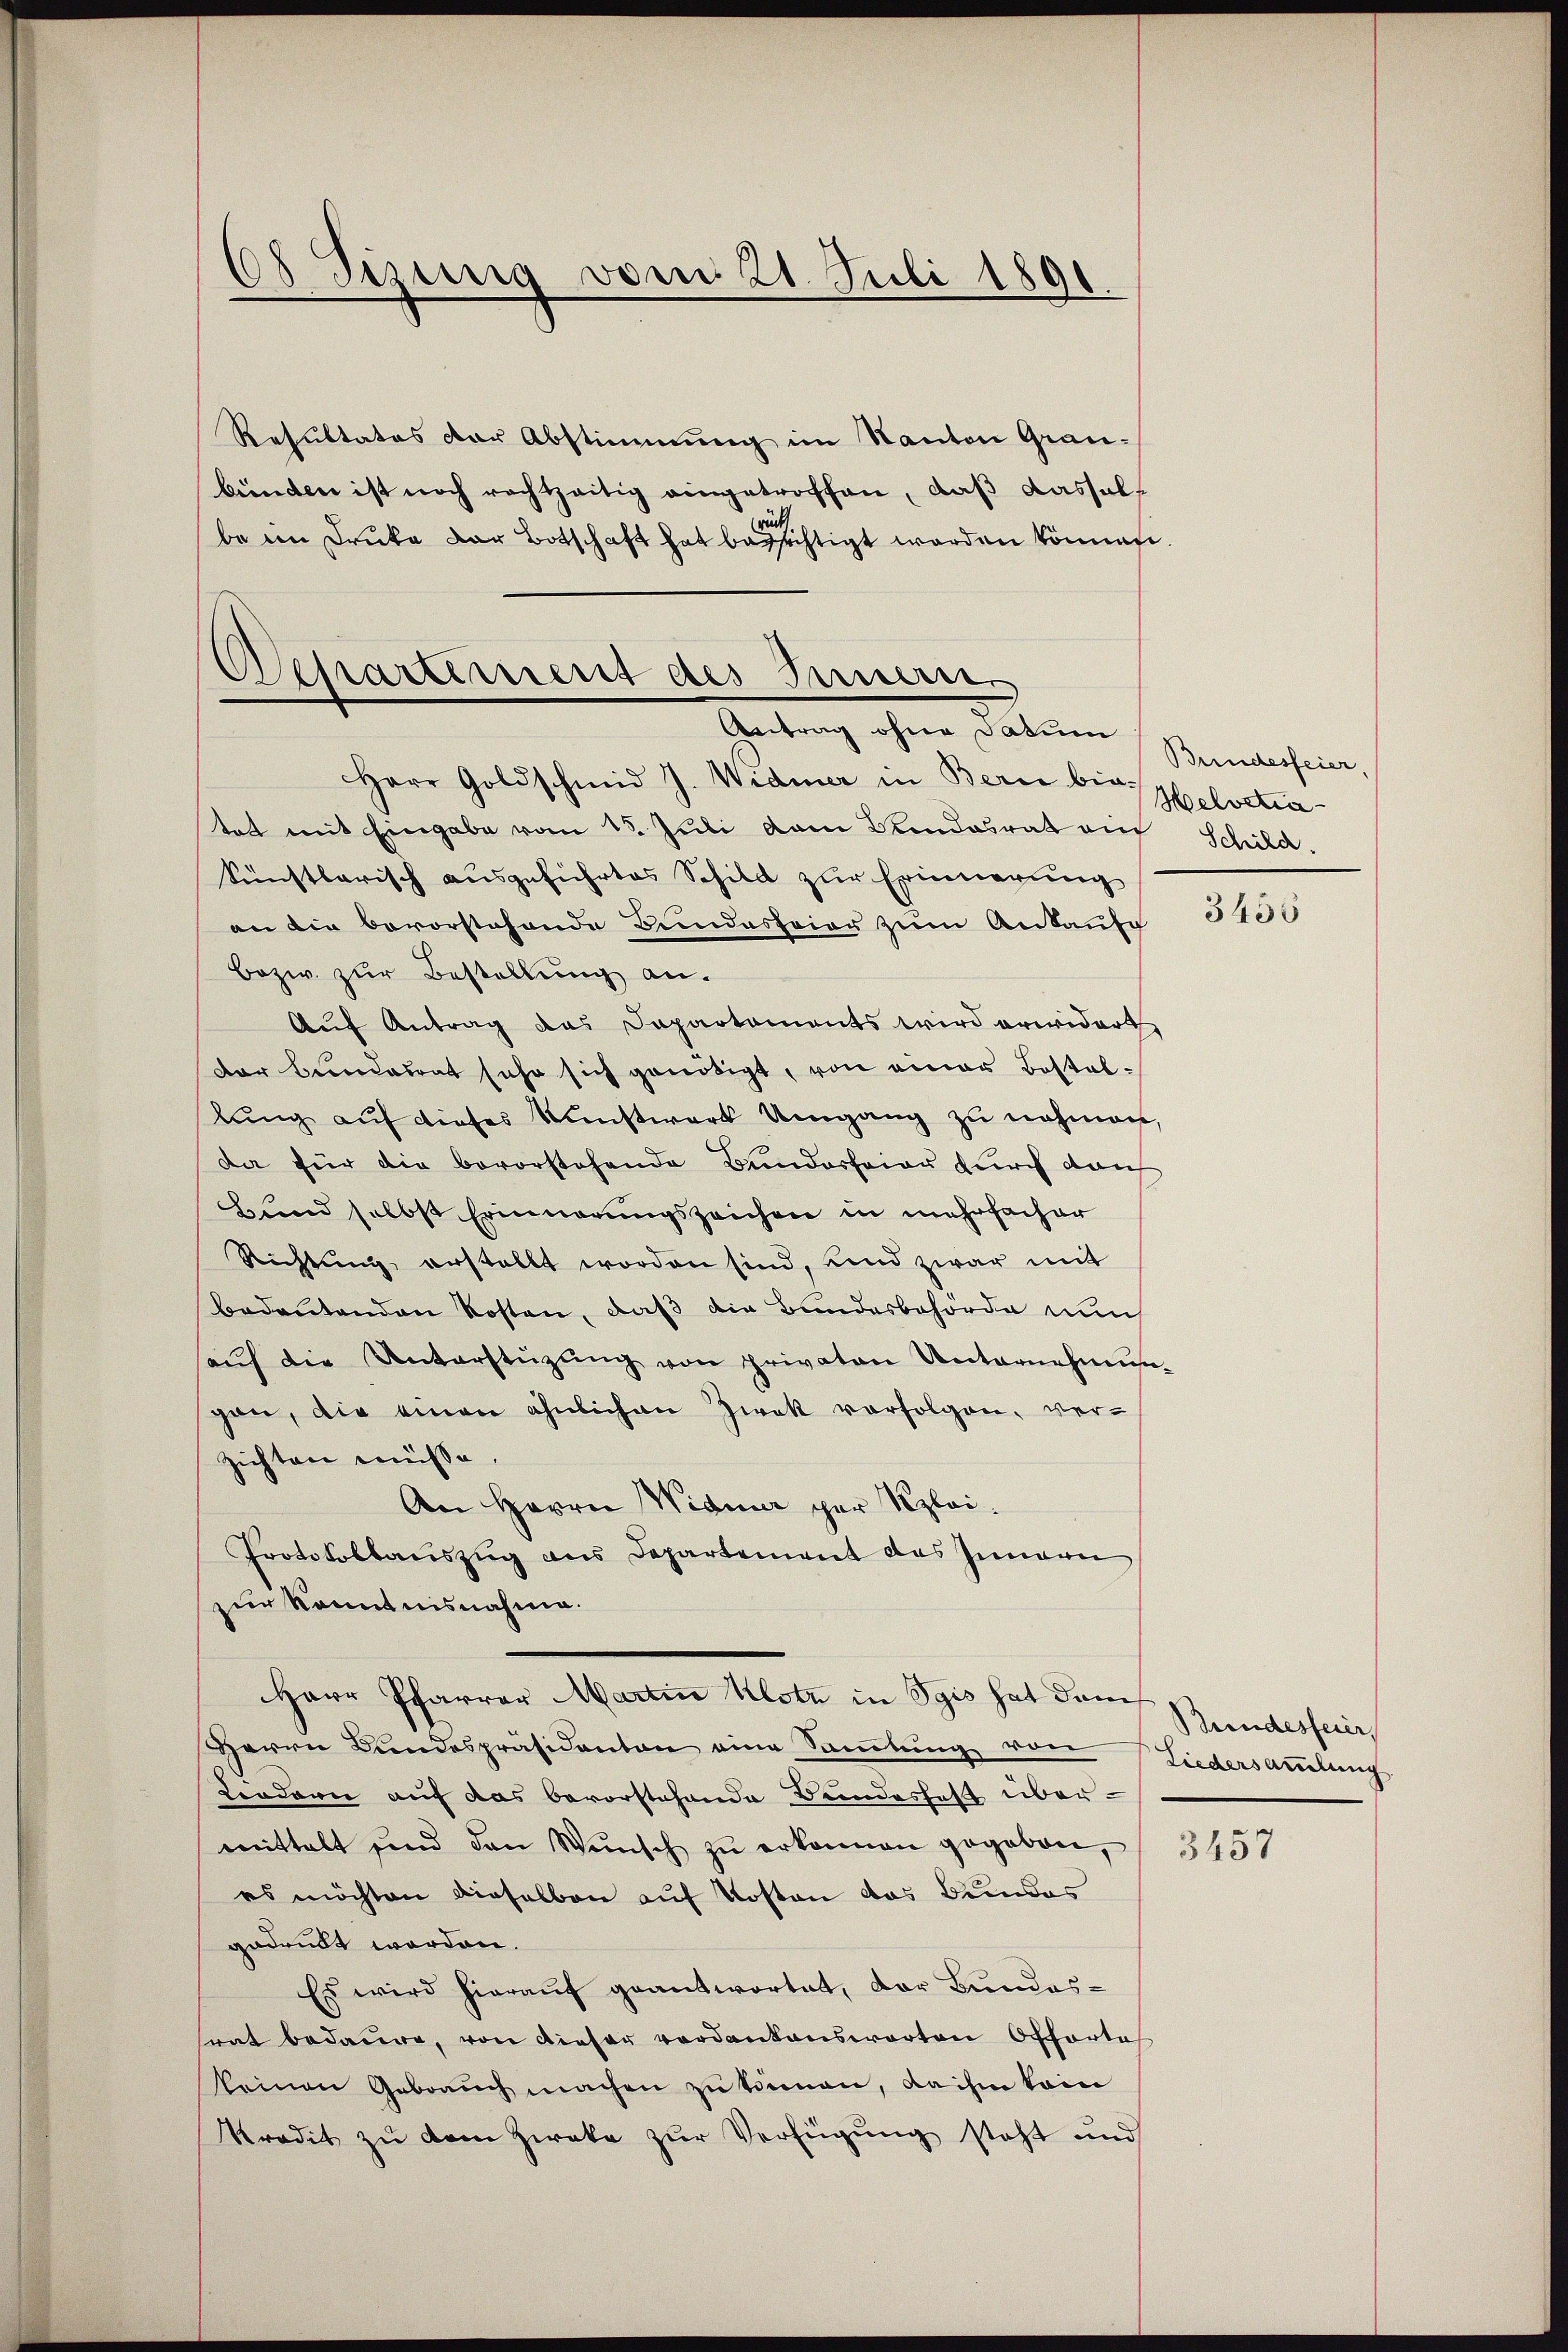
88 Sizung vom 21. Juli 1891

Resultates der Abstimmung im Kanton Grau-
bünden ist noch rechtzeitig eingetroffen, daß dasselbe im Druka der Botschaft hat bezeichtigt worden können

Separtement des Bernern.
Antrag ohne Fabrien Bundesfeier,

Herr Goldschmid J. Widmer in Bern bis Helvetia
tat mit Eingabe vom 15. Juli vom Bundesrat auf Schild.
künstlerisch ausgeführtes Schild zur Erinnerung
an die bevorstehende Bundesfeier zum Ankaufe
bezw. zur Bestellung an.
Aŭf Antrag das Departaments wird erwidert
Der Bundesrat sehr sich genötigt, von einer Bestallung auf dieses Kunstwart Umgang zu nehmen,
da für die bevorstehende Bundesfeier durch darch
Bund selbst Erinnerungszeichen in mehrfacher
Richtŭng erstellt worden sind, und zwar mit
bedeutenden Kosten, daß die Bundesbehörde nun
saŭf die Unterstüzŭng von privaten Unternehmun-
gan, die einen ähnlichen Zwek verfolgen, verzichten müsse,
An Herrn Widmer per Szlei.
Protokollauszug aus Departement des Innern
zur Kenntnisnahme.
Herr Pfarrer Martin Klotz in Sgis hat dem
Herrn Bundespräsidenten eine Samlung von Liedersammlung
Lindann auf das bevorstehende Bundeshaft über-
mittelt und den Wünsch zŭ erkennen gegeben, 345
es möchten dieselben auf Kosten das Bundes
gedruckt worden.
Es wird hierauf geantwortet, der Bundessrat bedaure, von dieser verdankenswarten Offerte
keinen Gebrauch machen zu können, dahin kein
kredit zŭ dem Zieke zŭr Verfügung steht und

3435

Bundesfeier